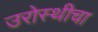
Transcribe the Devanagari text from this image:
उरोस्थीचा